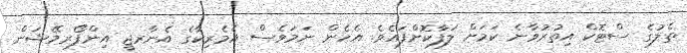
ތެލުގެ ސްޓޮކް އިތުރުވާނެ ކަމަށް ލަފާކޮށްފައެވެ. އެހެން ނަމަވެސް އެމެރިކާގެ އެނާރޖީ އިންފޯރމޭޝަން